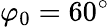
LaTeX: \varphi_{0}=60^{\circ}